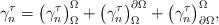
LaTeX: \begin{align*}\gamma_{n}^{\tau}=\big(\gamma_{n}^{\tau}\big)_{\Omega}^{\Omega}+\big(\gamma_{n}^{\tau}\big)_{\Omega}^{\partial\Omega}+\big(\gamma_{n}^{\tau}\big)_{\partial\Omega}^{\Omega},\end{align*}